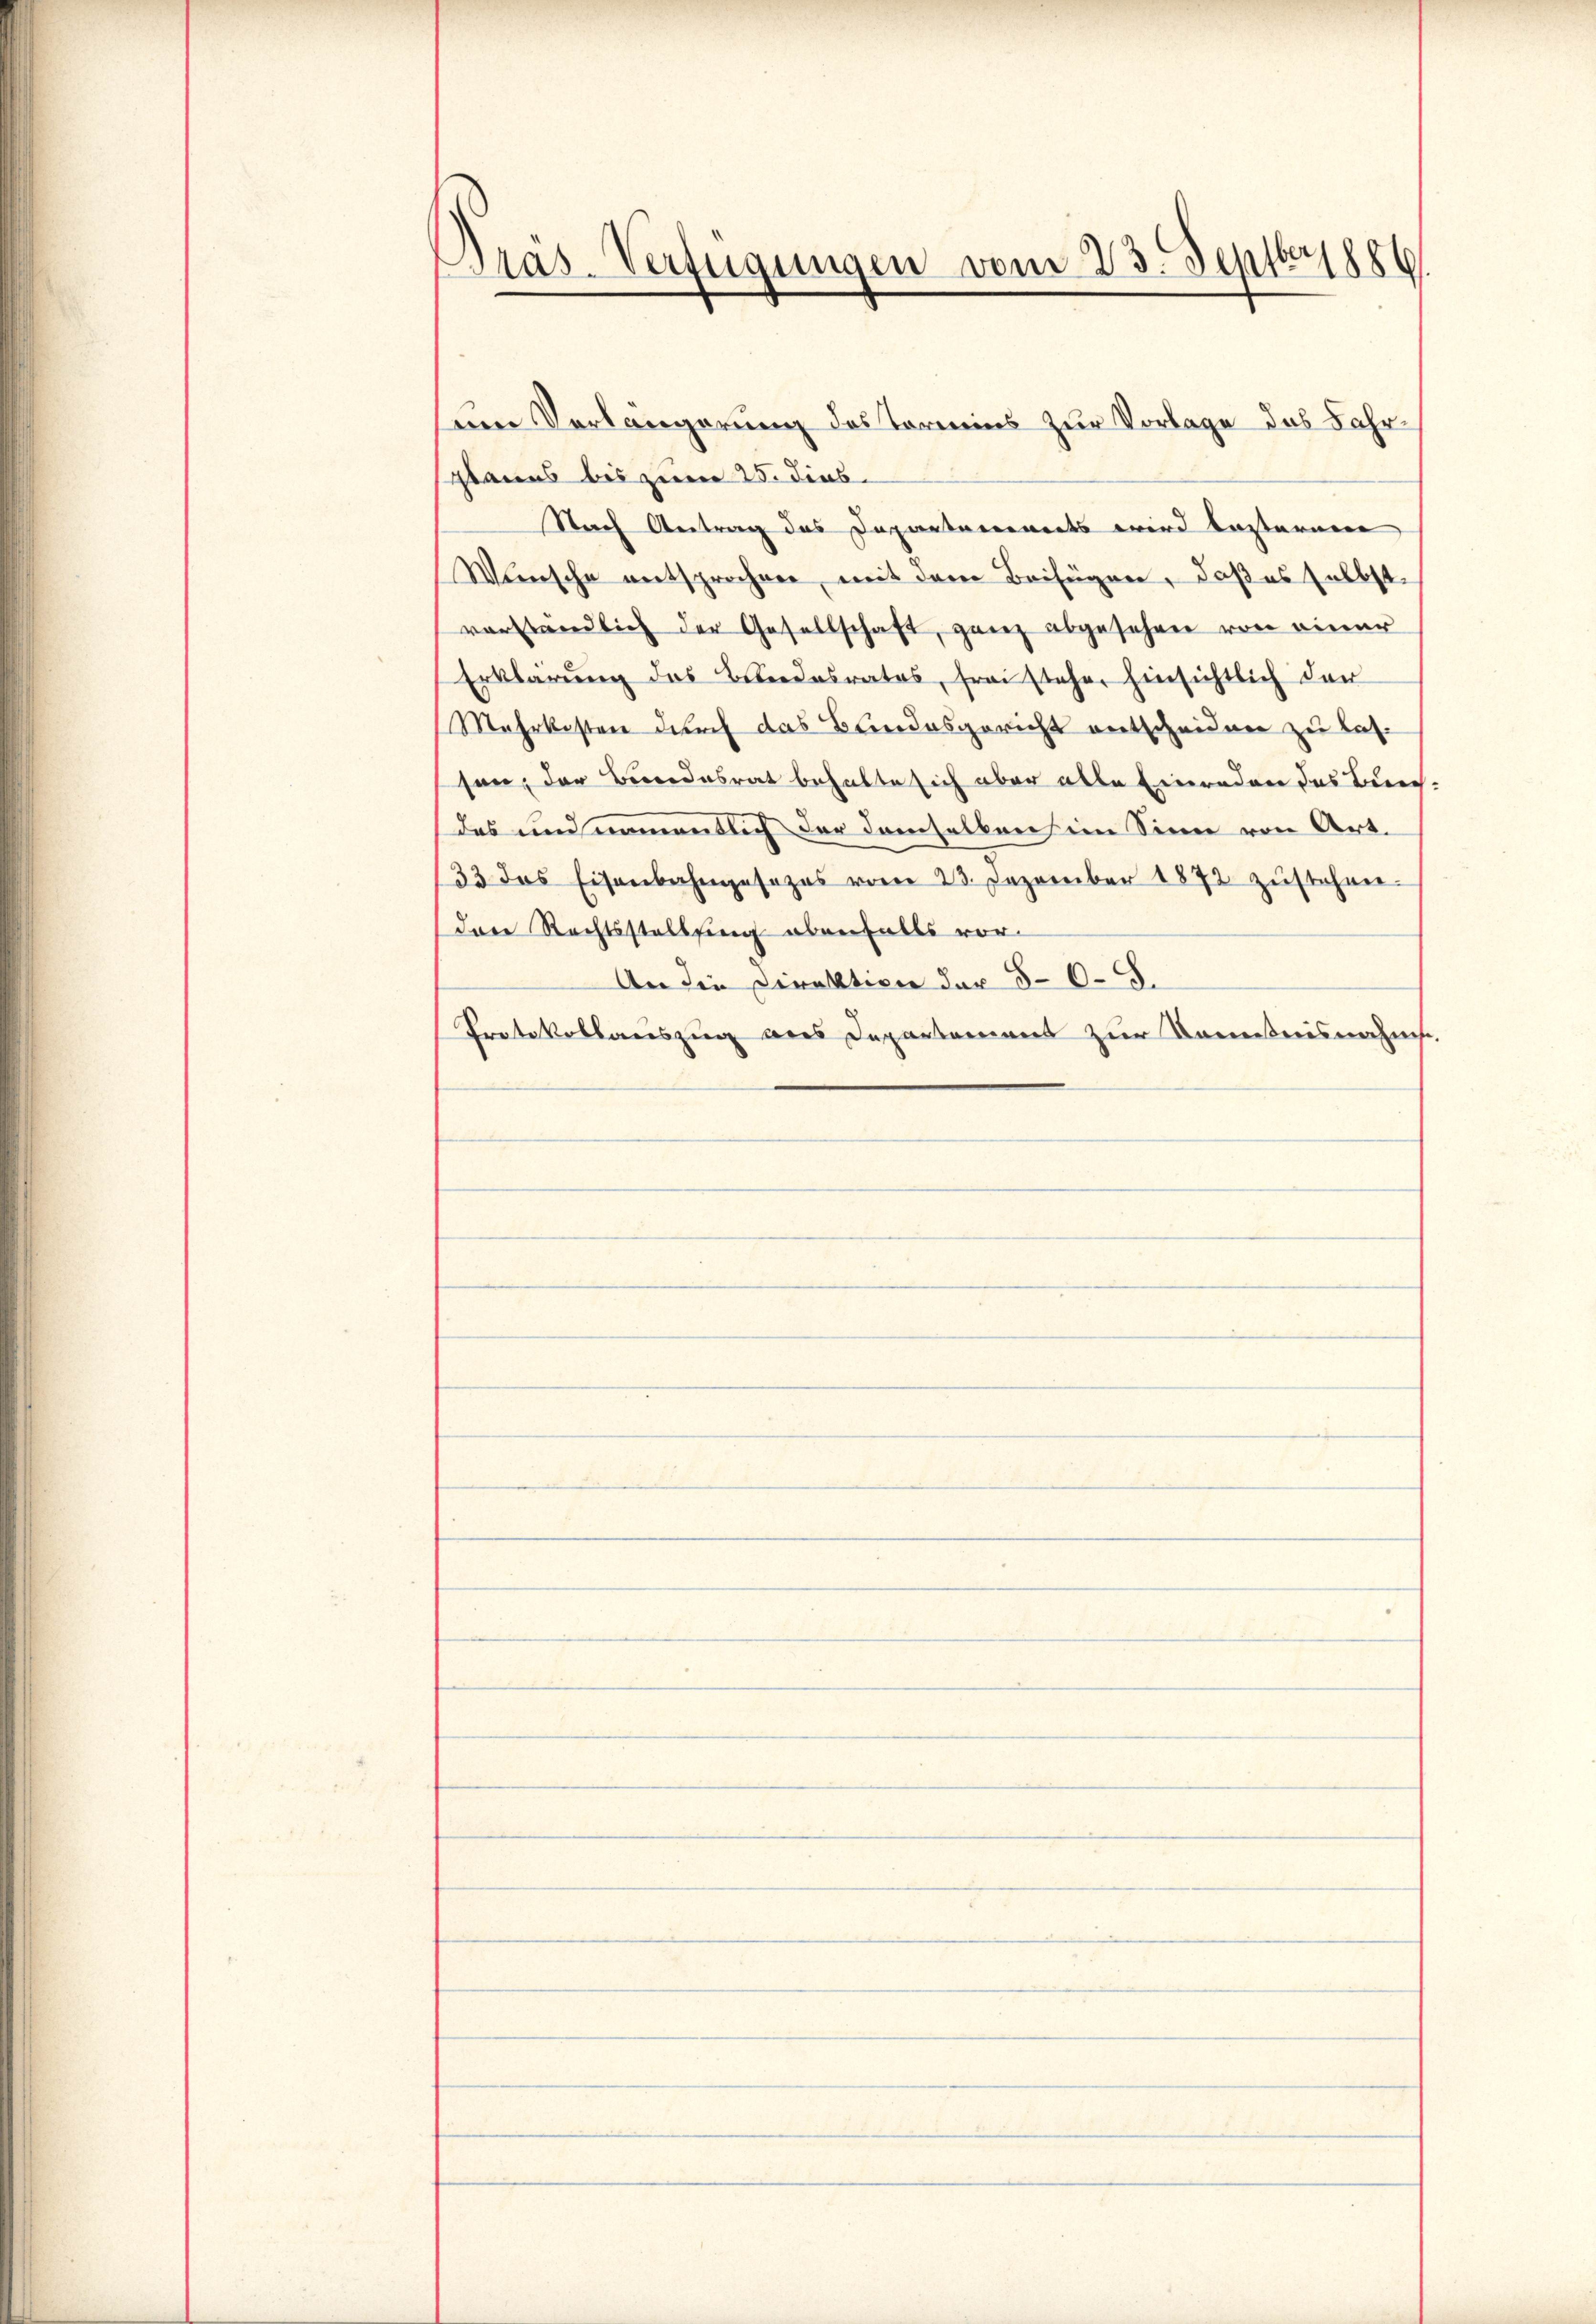
Pras-Verfügungen vom 23. Septbr 1886.

splanes bis zum 25. dies
Nach Antrag das Departarerworts wird besterne
Wünsche entsprochen, mit dem Beifügen, daß es selbst
vorständlich der Gesellschaft, ganz abgesehen von einer
Erklärung des Bundesrates, frei stehe, hinsichtlich dar
Mehrkosten durch das Bundesgericht entscheidenen zu lasson, der Bundesrat behalte sich aber alle Einreden das Berech
das und namentlich der demselben im Sinn von Art.
33 das Eisenbahngesezes vom 23. Dezember 1872 zŭstehen.
dare Rechtsstellung obenfalls vor¬
An die Direktion der § 65.
Protokollauszug aus Departement zur Kenntnisnahms

nen Verlängerung des Termins zur Vorlage das Jahr